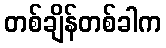
တစ်ချိန်တစ်ခါက